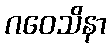
ဂဝေသိနာ